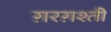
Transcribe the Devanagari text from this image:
ग़रग़श्ती